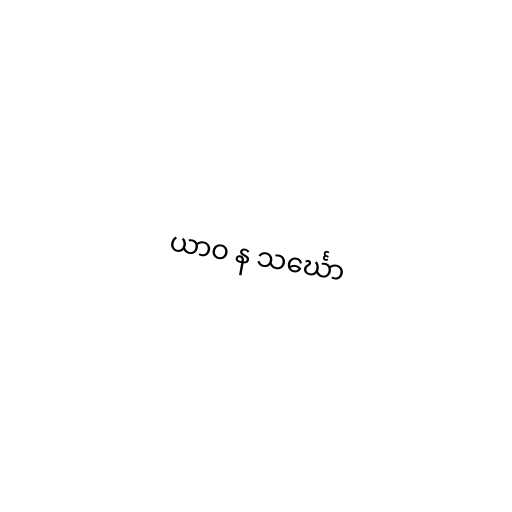
ယာဝ န သင်္ဃော